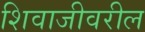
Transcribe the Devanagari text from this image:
शिवाजीवरील